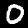
Digit: 0